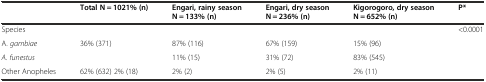
<table><thead><tr><td></td><td><b>Total N = 1021% (n)</b></td><td><b>Engari, rainy season N = 133% (n)</b></td><td><b>Engari, dry season N = 236% (n)</b></td><td><b>Kigorogoro, dry season N = 652% (n)</b></td><td><b>P*</b></td></tr></thead><tbody><tr><td>Species</td><td></td><td></td><td></td><td></td><td>&lt;0.0001</td></tr><tr><td>A. <i>gambiae</i></td><td>36% (371)</td><td>87% (116)</td><td>67% (159)</td><td>15% (96)</td><td></td></tr><tr><td><i>A. funestus</i></td><td></td><td>11% (15)</td><td>31% (72)</td><td>83% (545)</td><td></td></tr><tr><td>Other Anopheles</td><td>62% (632) 2% (18)</td><td>2% (2)</td><td>2% (5)</td><td>2% (11)</td><td></td></tr></tbody></table>